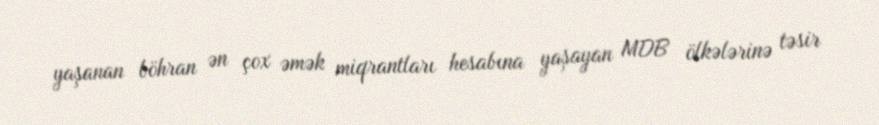
yaşanan böhran ən çox əmək miqrantları hesabına yaşayan MDB ölkələrinə təsir